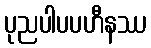
ပုညပါပပဟီနဿ